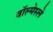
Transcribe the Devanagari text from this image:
वॉल्मेस्ले